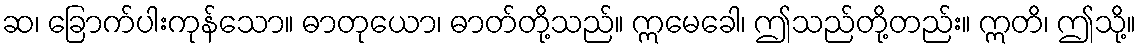
ဆ၊ ခြောက်ပါးကုန်သော။ ဓာတုယော၊ ဓာတ်တို့သည်။ ဣမေခေါ၊ ဤသည်တို့တည်း။ ဣတိ၊ ဤသို့။